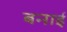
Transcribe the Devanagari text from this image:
बनार्इ